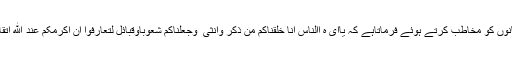
قرآن کریم تمام انسانوں کو مخاطب کرتے ہوئے فرماتاہے کہ یاای ه االناس انا خلقناکم من ذکر وانثی ٰ وجعلناکم شعوباًوقبائل لتعارفوا ان اکرمکم عند الله اتقاکم یعنی اے انسانو!